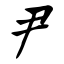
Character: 尹